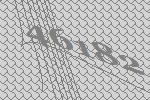
46182